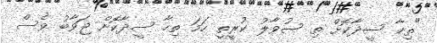
"ތިހާ ސީދާކޮށް ތި ސުވާލު ކުރީތީ ހަމަ ތިހާ ސީދާކޮށް ޖަވާބު ވެސް